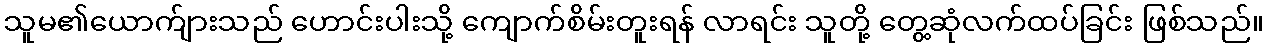
သူမ၏ယောက်ျားသည် ဟောင်းပါးသို့ ကျောက်စိမ်းတူးရန် လာရင်း သူတို့ တွေ့ဆုံလက်ထပ်ခြင်း ဖြစ်သည်။